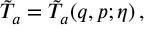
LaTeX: \tilde { T } _ { a } = \tilde { T } _ { a } ( q , p ; \eta ) \, ,